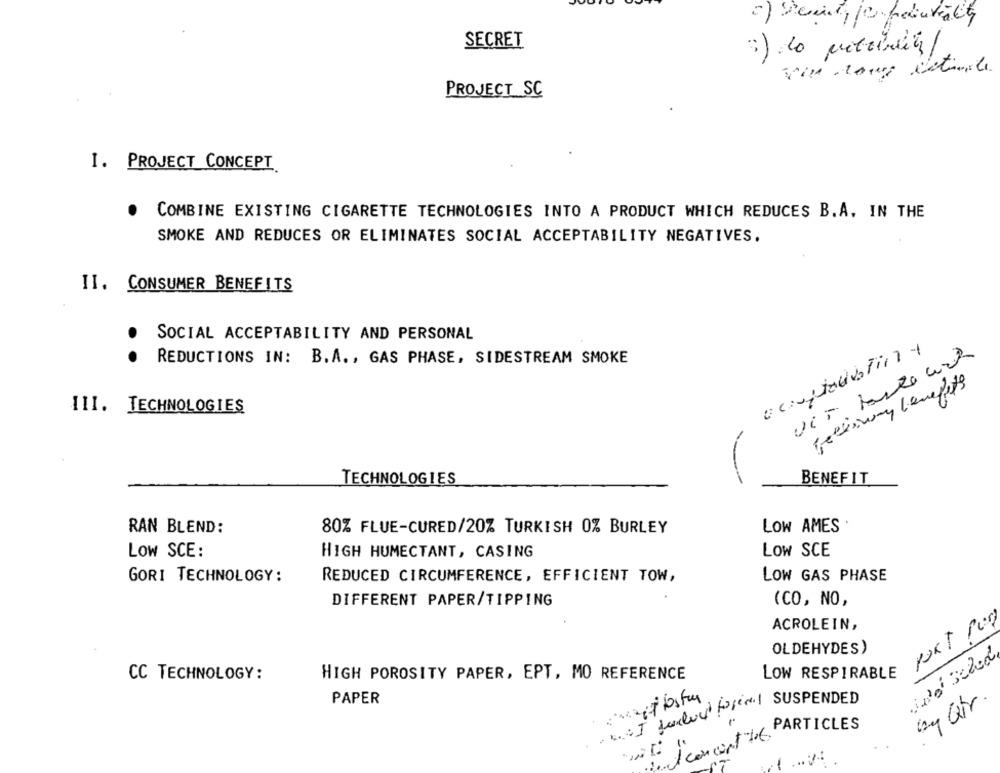
2) Deinte peitaly
SECRET
PROJECT SC
1. PROJECT CONCEPT
COMBINE EXISTING CIGARETTE TECHNOLOGIES INTO A PRODUCT WHICH REDUCES B.A. IN THE
SMOKE AND REDUCES OR ELIMINATES SOCIAL ACCEPTABILITY NEGATIVES.
II. CONSUMER BENEFITS
SOCIAL ACCEPTABILITY AND PERSONAL
.
REDUCTIONS IN: B.A ., GAS PHASE, SIDESTREAM SMOKE
feeling benefits
III. TECHNOLOGIES
BENEFIT
TECHNOLOGIES
RAN BLEND:
80% FLUE-CURED/20% TURKISH 0% BURLEY
LOW AMES .
LOW SCE:
HIGH HUMECTANT, CASING
LOW SCE
GORI TECHNOLOGY:
REDUCED CIRCUMFERENCE, EFFICIENT TOW,
LOW GAS PHASE
DIFFERENT PAPER/TIPPING
(CO, NO,
PORT PUN
ACROLEIN,
OLDEHYDES)
And Sched
CC TECHNOLOGY:
HIGH POROSITY PAPER, EPT, MO REFERENCE
LOW RESPIRABLE
PAPER
CI modul torial SUSPENDED
1 concert bot PARTICLES